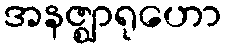
အနဇ္ဈာရုဟော